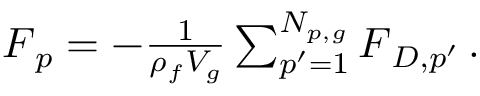
\begin{array} { r } { \boldsymbol { F } _ { p } = - \frac { 1 } { \rho _ { f } V _ { g } } \sum _ { p ^ { \prime } = 1 } ^ { N _ { p , g } } \boldsymbol { F } _ { D , p ^ { \prime } } \, . } \end{array}